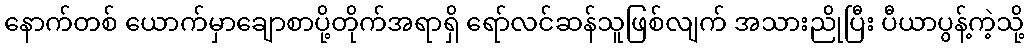
နောက်တစ် ယောက်မှာချောစာပို့တိုက်အရာရှိ ရော်လင်ဆန်သူဖြစ်လျက် အသားညိုပြီး ပီယာပွန့်ကဲ့သို့